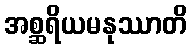
အစ္ဆရိယမနုဿာတိ